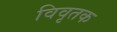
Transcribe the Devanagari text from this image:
विवृतक